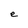
Character: e